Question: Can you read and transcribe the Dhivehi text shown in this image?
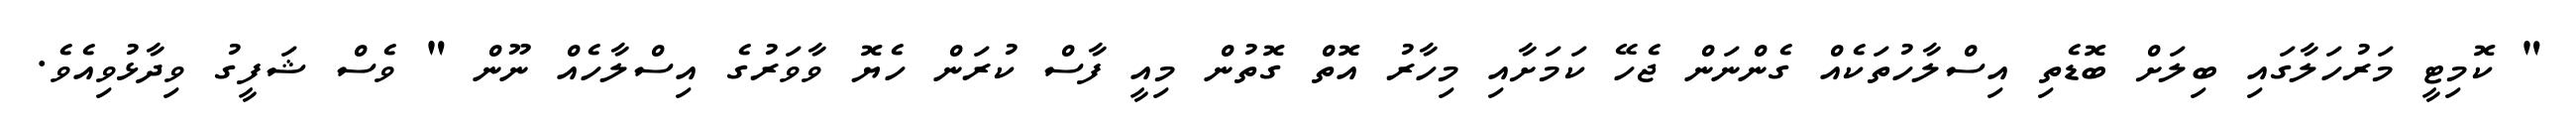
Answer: " ކޮމިޓީ މަރުހަލާގައި ބިލަށް ބޮޑެތި އިސްލާހުތަކެއް ގެންނަން ޖެހޭ ކަމަށާއި މިހާރު އޮތް ގޮތުން މިއީ ފާސް ކުރަން ހެޔޮ ވާވަރުގެ އިސްލާހެއް ނޫން " ވެސް ޝަފީގު ވިދާޅުވިއެވެ.